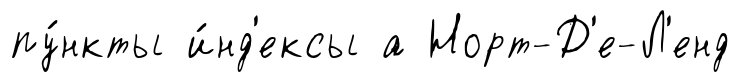
пу́нкты и́нд'ексы а Норт-Д'е-Л'енд